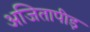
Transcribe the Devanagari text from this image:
अजितापीड़